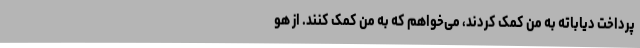
پرداخت دیاباته به من کمک کردند، می‌خواهم که به من کمک کنند. از هو